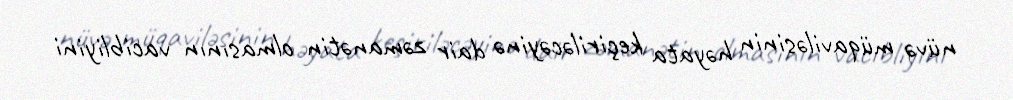
nüvə müqaviləsinin həyata keçiriləcəyinə dair zəmanətin olmasının vacibliyini